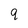
Character: q